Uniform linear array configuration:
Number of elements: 32
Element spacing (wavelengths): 1
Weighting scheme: exponential
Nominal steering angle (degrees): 60
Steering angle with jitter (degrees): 58.523
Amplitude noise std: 0.05
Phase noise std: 0.05

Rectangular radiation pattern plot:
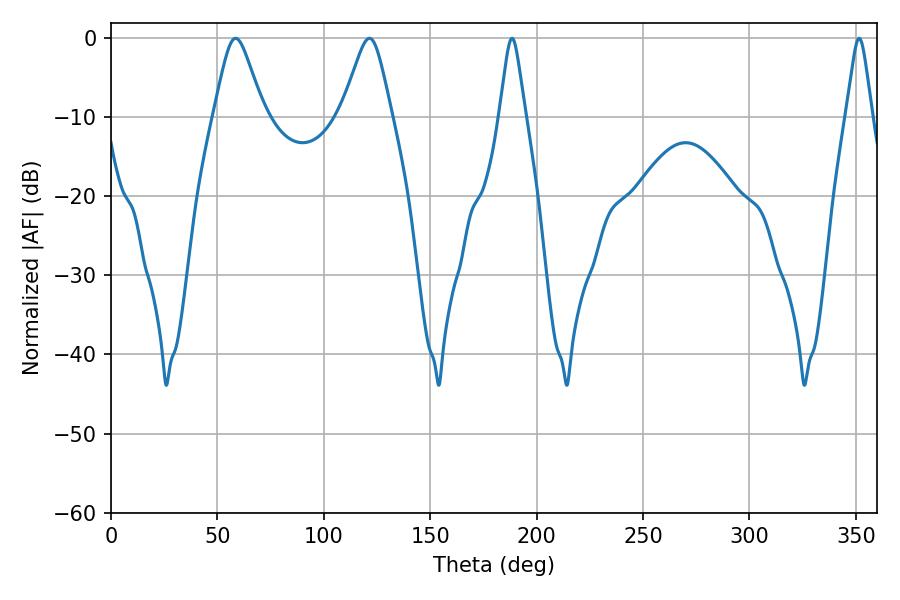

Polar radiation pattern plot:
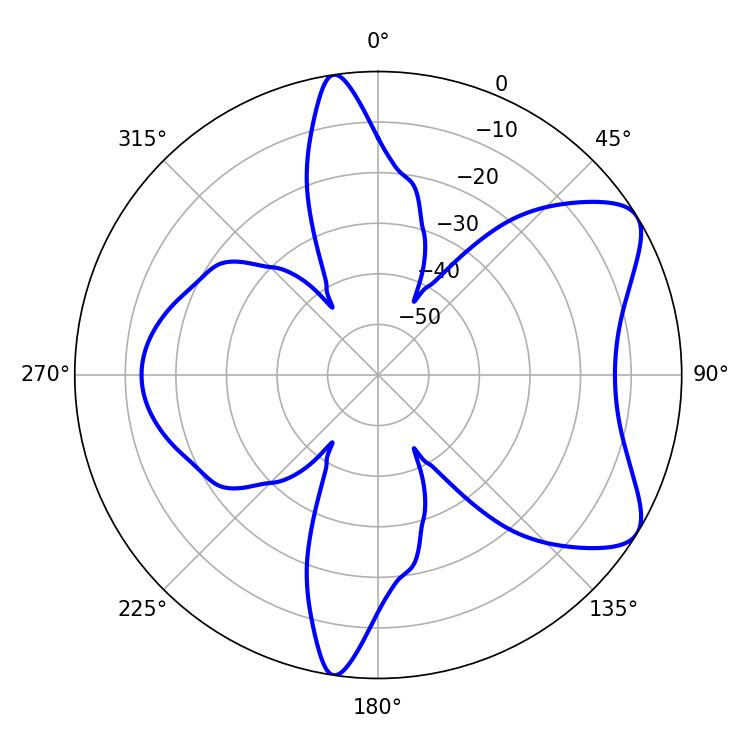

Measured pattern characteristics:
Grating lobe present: TRUE
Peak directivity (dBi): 7.385
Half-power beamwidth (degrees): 5.76
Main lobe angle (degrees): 188.46